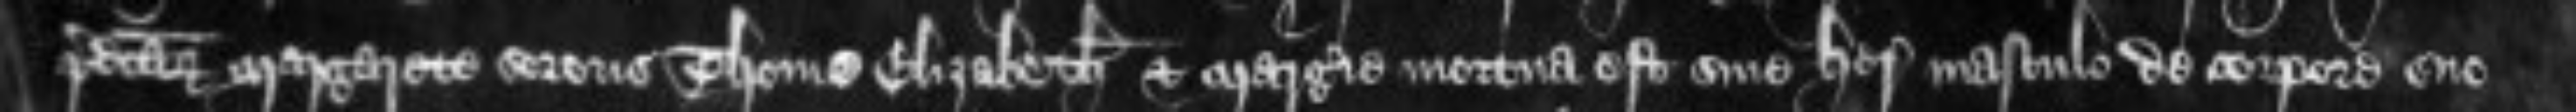
predictarum Margarete sororis Thome Elizabeth et Margerie mortua est sine herede masculo de corpore suo